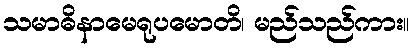
သမာဓိနာမေရုပမောတိ၊ မည်သည်ကား။